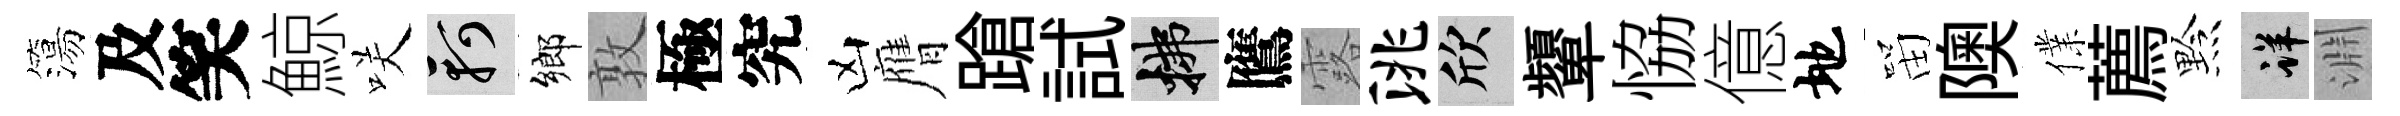
簜及笑鯨咲軻鄉敦極究凶膺蹌試拂鷹露洮欣顰恊億地㽞隩㒒薦黔详淵